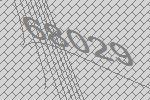
68029